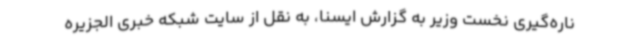
ناره‌گیری نخست وزیر به گزارش ایسنا، به نقل از سایت شبکه خبری الجزیره